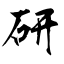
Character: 研